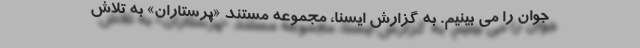
جوان را می بینیم. به گزارش ایسنا، مجموعه مستند «پرستاران» به تلاش